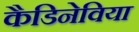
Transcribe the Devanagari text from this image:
कैडिनेविया